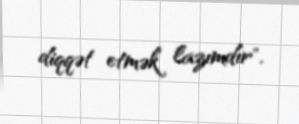
diqqət etmək lazımdır".